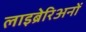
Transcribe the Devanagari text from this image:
लाइब्रेरिअनों